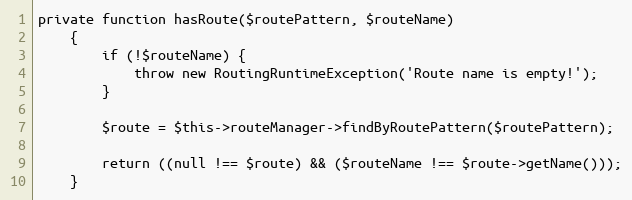
Language: PHP
private function hasRoute($routePattern, $routeName)
    {
        if (!$routeName) {
            throw new RoutingRuntimeException('Route name is empty!');
        }

        $route = $this->routeManager->findByRoutePattern($routePattern);

        return ((null !== $route) && ($routeName !== $route->getName()));
    }